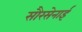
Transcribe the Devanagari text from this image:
सौरसेनाई